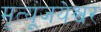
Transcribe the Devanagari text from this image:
मृत्यूंजयेश्वर